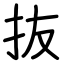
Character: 抜